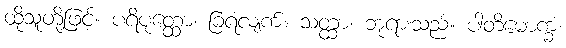
ထိုသူတို့ဖြင့်။ ပရိပုတ္ထော၊ ခြံရံလျက်။ သတ္ထာ၊ ဘုရားသည်။ ပါတိမောက္ခံ၊